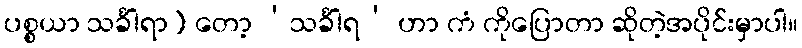
ပစ္စယာ သင်္ခါရာ) တော့ ‘သင်္ခါရ’ ဟာ ကံ ကိုပြောတာ ဆိုတဲ့အပိုင်းမှာပါ။